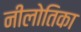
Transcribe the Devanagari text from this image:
नीलोतिका